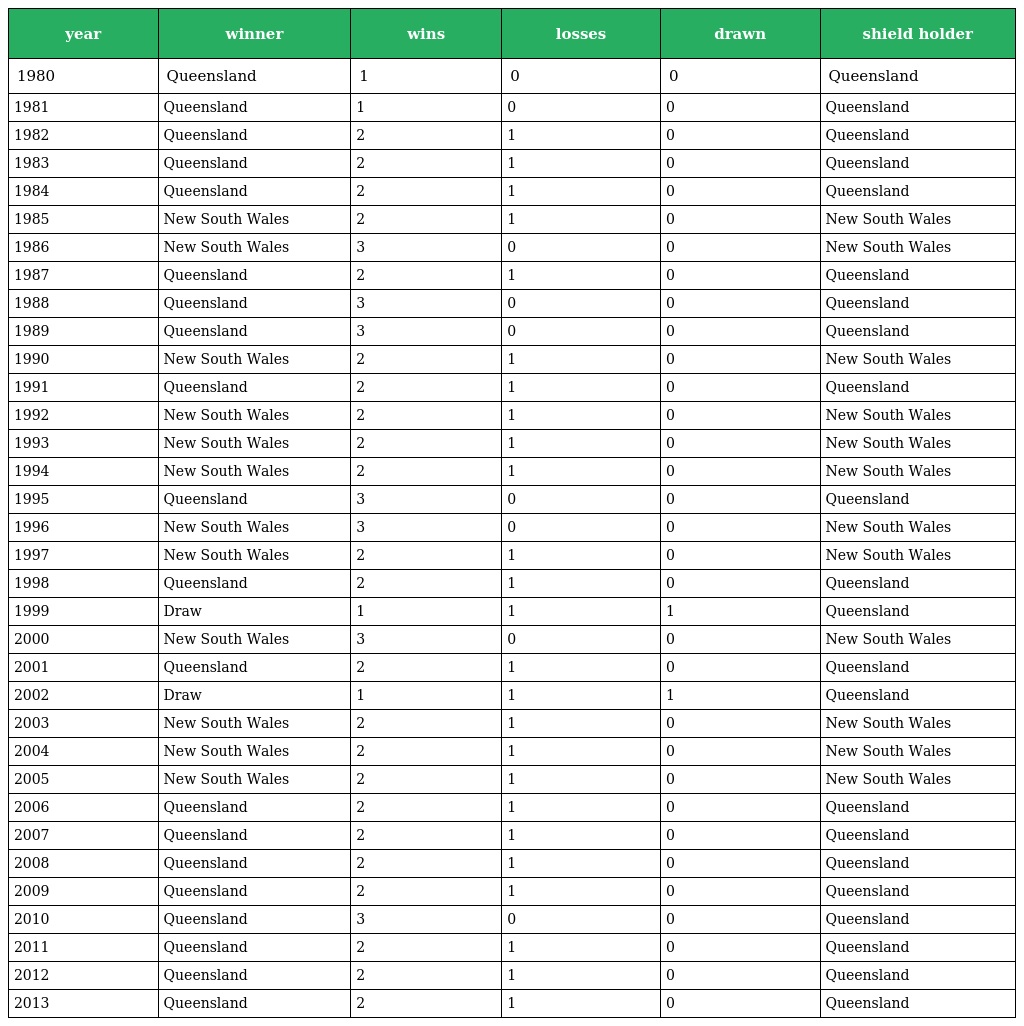
| year | winner | wins | losses | drawn | shield holder |
 | --- | --- | --- | --- | --- | --- |
 | 1980 | Queensland | 1 | 0 | 0 | Queensland |
 | 1981 | Queensland | 1 | 0 | 0 | Queensland |
 | 1982 | Queensland | 2 | 1 | 0 | Queensland |
 | 1983 | Queensland | 2 | 1 | 0 | Queensland |
 | 1984 | Queensland | 2 | 1 | 0 | Queensland |
 | 1985 | New South Wales | 2 | 1 | 0 | New South Wales |
 | 1986 | New South Wales | 3 | 0 | 0 | New South Wales |
 | 1987 | Queensland | 2 | 1 | 0 | Queensland |
 | 1988 | Queensland | 3 | 0 | 0 | Queensland |
 | 1989 | Queensland | 3 | 0 | 0 | Queensland |
 | 1990 | New South Wales | 2 | 1 | 0 | New South Wales |
 | 1991 | Queensland | 2 | 1 | 0 | Queensland |
 | 1992 | New South Wales | 2 | 1 | 0 | New South Wales |
 | 1993 | New South Wales | 2 | 1 | 0 | New South Wales |
 | 1994 | New South Wales | 2 | 1 | 0 | New South Wales |
 | 1995 | Queensland | 3 | 0 | 0 | Queensland |
 | 1996 | New South Wales | 3 | 0 | 0 | New South Wales |
 | 1997 | New South Wales | 2 | 1 | 0 | New South Wales |
 | 1998 | Queensland | 2 | 1 | 0 | Queensland |
 | 1999 | Draw | 1 | 1 | 1 | Queensland |
 | 2000 | New South Wales | 3 | 0 | 0 | New South Wales |
 | 2001 | Queensland | 2 | 1 | 0 | Queensland |
 | 2002 | Draw | 1 | 1 | 1 | Queensland |
 | 2003 | New South Wales | 2 | 1 | 0 | New South Wales |
 | 2004 | New South Wales | 2 | 1 | 0 | New South Wales |
 | 2005 | New South Wales | 2 | 1 | 0 | New South Wales |
 | 2006 | Queensland | 2 | 1 | 0 | Queensland |
 | 2007 | Queensland | 2 | 1 | 0 | Queensland |
 | 2008 | Queensland | 2 | 1 | 0 | Queensland |
 | 2009 | Queensland | 2 | 1 | 0 | Queensland |
 | 2010 | Queensland | 3 | 0 | 0 | Queensland |
 | 2011 | Queensland | 2 | 1 | 0 | Queensland |
 | 2012 | Queensland | 2 | 1 | 0 | Queensland |
 | 2013 | Queensland | 2 | 1 | 0 | Queensland |